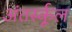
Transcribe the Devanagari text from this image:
अंतर्स्कूल